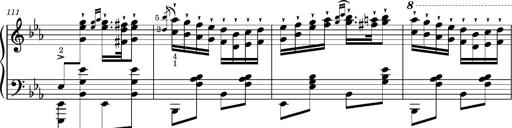
Title: Magyar rapszÃ³diÃ¡k
Composer: Franz Liszt